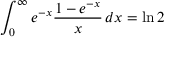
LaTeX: \int _ { 0 } ^ { \infty } e ^ { - x } { \frac { 1 - e ^ { - x } } { x } } \, d x = \ln 2